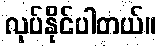
လုပ်နိုင်ပါတယ်။